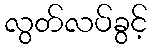
လွတ်လပ်ခွင့်